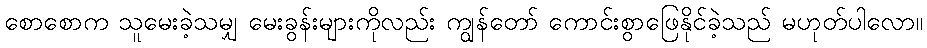
စောစောက သူမေးခဲ့သမျှ မေးခွန်းများကိုလည်း ကျွန်တော် ကောင်းစွာဖြေနိုင်ခဲ့သည် မဟုတ်ပါလော။